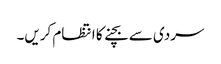
سردی سے بچنے کا انتظام کریں۔